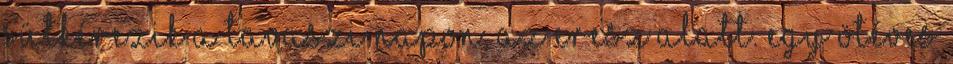
sütkérezik a tavaszi napon, az eresz alatt. Egy ötéves